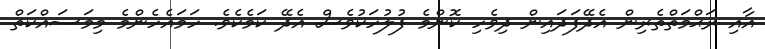
އާއި ރަޙްމަތްތެރިން އެދޭފަދައިން ދިވެހި ކޮންމެ ފުލުހަކުވެސް އެދޭ ކަމެކެވެ. ހަމައެހެންމެ މިމަސައްކަތް